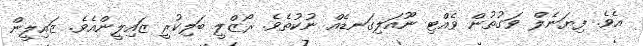
އެވެ. ފިޔަނެލް ވަގުތުން ވެއްޓި ނޫއަލިގަނޑެއް ނުކުތެވެ. ރޯޒްލީ ބަލިކުރީ ޒައިލީންއެވެ. ޒައިލީން